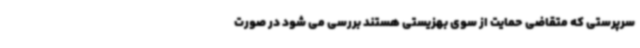
سرپرستی که متقاضی حمایت از سوی بهزیستی هستند بررسی می شود در صورت